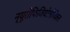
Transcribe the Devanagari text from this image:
न्यूरोफिजियोलौजिकल